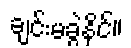
ချင်းမခွဲနိုင်။